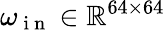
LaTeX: \omega_{\mathrm{~i~n~}}\in\mathbb{R}^{64\times 64}